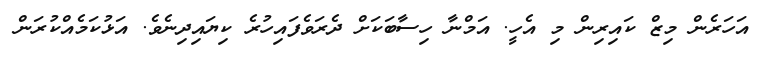
އަހަރެން މިޒް ކައިރިން މި އެހީ. އަމްނާ ހިސާބަކަށް ދެރަވެފައިހުރެ ކިޔައިދިނެވެ. އަޅުކަމެއްކުރަން